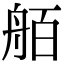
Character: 𮎋